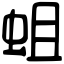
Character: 蛆